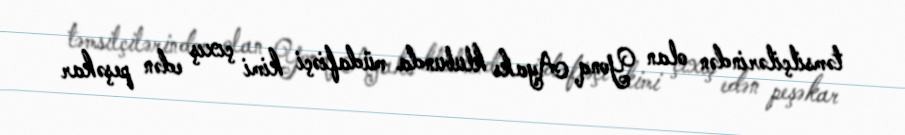
təmsilçilərindən olan Yonq Ayaks klubunda müdafiəçi kimi çıxış edən peşəkar